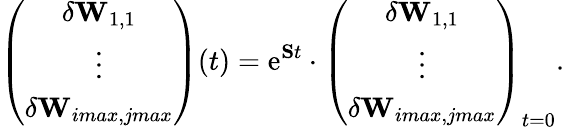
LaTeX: \left(\begin{array}{c}{\delta\mathbf{W}_{1,1}}\\ {\vdots}\\ {\delta\mathbf{W}_{imax,jmax}}\end{array}\right)(t)=\mathrm{e}^{\mathbf{S}t}\cdot\left(\begin{array}{c}{\delta\mathbf{W}_{1,1}}\\ {\vdots}\\ {\delta\mathbf{W}_{imax,jmax}}\end{array}\right)_{t=0}.